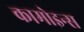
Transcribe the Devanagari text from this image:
कामोइन्स